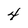
Character: 4